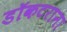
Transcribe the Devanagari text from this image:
डॉकटराना